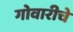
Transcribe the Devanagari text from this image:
गोवारीचे